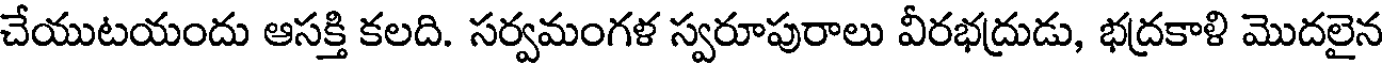
చేయుటయందు ఆసక్తి కలది. సర్వమంగళ స్వరూపురాలు వీరభద్రుడు, భద్రకాళి మొదలైన